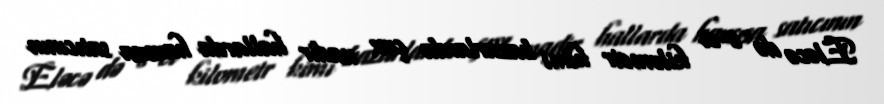
Eləcə də 8-ci kilometr kimi bazarlarda çox nadir hallarda hansısa satıcının